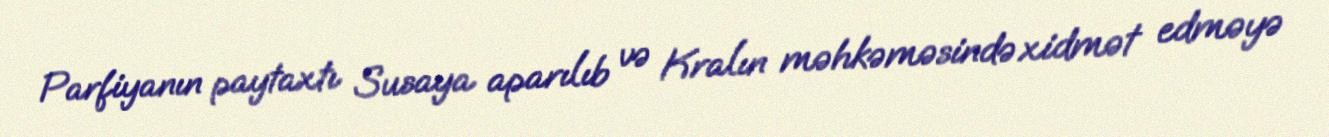
Parfiyanın paytaxtı Susaya aparılıb və Kralın məhkəməsində xidmət edməyə